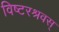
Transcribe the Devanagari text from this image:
विष्टरश्रवस्